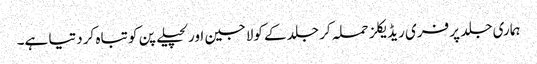
ہماری جلد پر فری ریڈیکلز حملہ کر جلد کے کولاجین اور لچیلے پن کو تباہ کر دتیا ہے۔